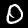
Digit: 0